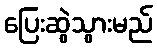
ပြေးဆွဲသွားမည်